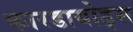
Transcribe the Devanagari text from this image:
कारडायोड्स